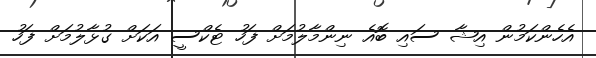
އެހެންކަމުން އިޝާ ސައި ބޮއެ ނިންމާލުމަށް ފަހު ޓެކްސީ އަކަށް ގުޅާލުމަށް ފަހު